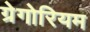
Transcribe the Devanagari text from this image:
ग्रेगोरियम